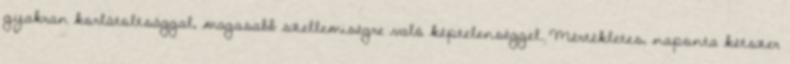
gyakran korlátoltsággal, magasabb szellemiségre való képtelenséggel. Mértékletes, naponta kétszer